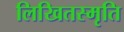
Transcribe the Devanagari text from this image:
लिखितस्मृति